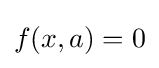
f(x,a)=0